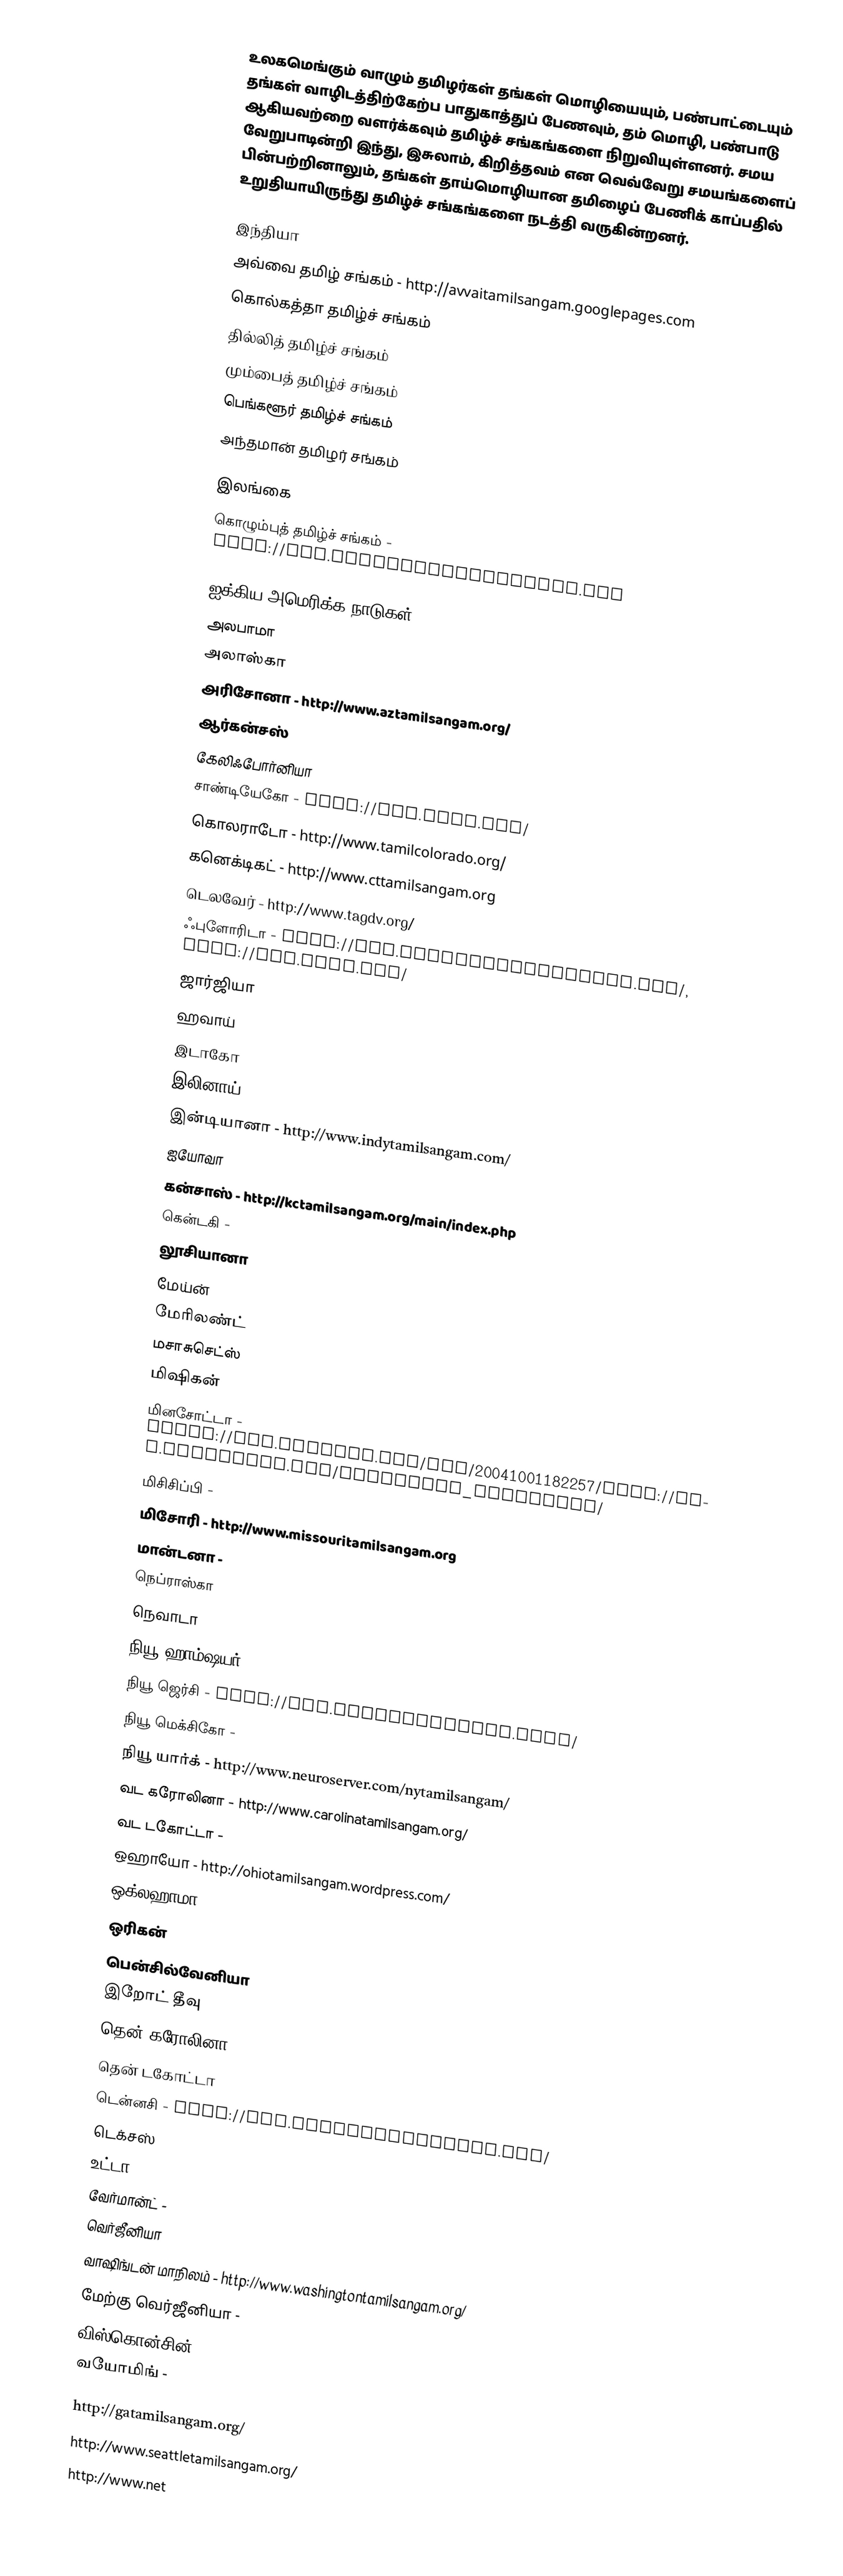
உலகமெங்கும் வாழும் தமிழர்கள் தங்கள் மொழியையும், பண்பாட்டையும் தங்கள் வாழிடத்திற்கேற்ப பாதுகாத்துப் பேணவும், தம் மொழி, பண்பாடு ஆகியவற்றை வளர்க்கவும் தமிழ்ச் சங்கங்களை நிறுவியுள்ளனர். சமய வேறுபாடின்றி இந்து, இசுலாம், கிறித்தவம் என வெவ்வேறு சமயங்களைப் பின்பற்றினாலும், தங்கள் தாய்மொழியான தமிழைப் பேணிக் காப்பதில் உறுதியாயிருந்து தமிழ்ச் சங்கங்களை நடத்தி வருகின்றனர்.

இந்தியா
 அவ்வை தமிழ் சங்கம் - http://avvaitamilsangam.googlepages.com
 கொல்கத்தா தமிழ்ச் சங்கம்
 தில்லித் தமிழ்ச் சங்கம்
 மும்பைத் தமிழ்ச் சங்கம்
 பெங்களூர் தமிழ்ச் சங்கம்
 அந்தமான் தமிழர் சங்கம்

இலங்கை
கொழும்புத் தமிழ்ச் சங்கம் - http://www.colombotamilsangam.com

ஐக்கிய அமெரிக்க நாடுகள்
அலபாமா
அலாஸ்கா
அரிசோனா - http://www.aztamilsangam.org/
ஆர்கன்சஸ்
கேலிஃபோர்னியா
சாண்டியேகோ - http://www.sdts.org/
கொலராடோ - http://www.tamilcolorado.org/
கனெக்டிகட் - http://www.cttamilsangam.org
டெலவேர் - http://www.tagdv.org/
ஃபுளோரிடா - http://www.ilathamilsangamfl.org/, http://www.sfts.org/
ஜார்ஜியா
ஹவாய்
இடாகோ
இலினாய் - http://ciltamil.org/
இன்டியானா - http://www.indytamilsangam.com/
ஐயோவா
கன்சாஸ் - http://kctamilsangam.org/main/index.php
கென்டகி -
லூசியானா
மேய்ன்
மேரிலண்ட்
மசாசுசெட்ஸ்
மிஷிகன்
மினசோட்டா - https://web.archive.org/web/20041001182257/http://www.geocities.com/tamilians_minnesota/
மிசிசிப்பி -
மிசோரி - http://www.missouritamilsangam.org
மான்டனா -
நெப்ராஸ்கா
நெவாடா
நியூ ஹாம்ஷயர்
நியூ ஜெர்சி - http://www.njtamilsangam.info/
நியூ மெக்சிகோ -
நியூ யார்க் - http://www.neuroserver.com/nytamilsangam/
வட கரோலினா - http://www.carolinatamilsangam.org/
வட டகோட்டா -
ஒஹாயோ - http://ohiotamilsangam.wordpress.com/
ஒக்லஹாமா -
ஒரிகன்
பென்சில்வேனியா
இறோட் தீவு
தென் கரோலினா
தென் டகோட்டா
டென்னசி - http://www.tenntamilsangam.org/
டெக்சஸ்
உட்டா - http://www.utahtamilsangam.org/
வேர்மான்ட் -
வெர்ஜீனியா
வாஷிங்டன் மாநிலம் - http://www.washingtontamilsangam.org/
மேற்கு வெர்ஜீனியா -
விஸ்கொன்சின் - http://wisconsintamilsangam.com/
வயோமிங் -

 http://gatamilsangam.org/
 http://www.seattletamilsangam.org/
 http://www.net